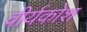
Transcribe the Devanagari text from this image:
वीर्यकोश